Report on vaccination in the Province of Bengal - 1869-1873
Year: 1869
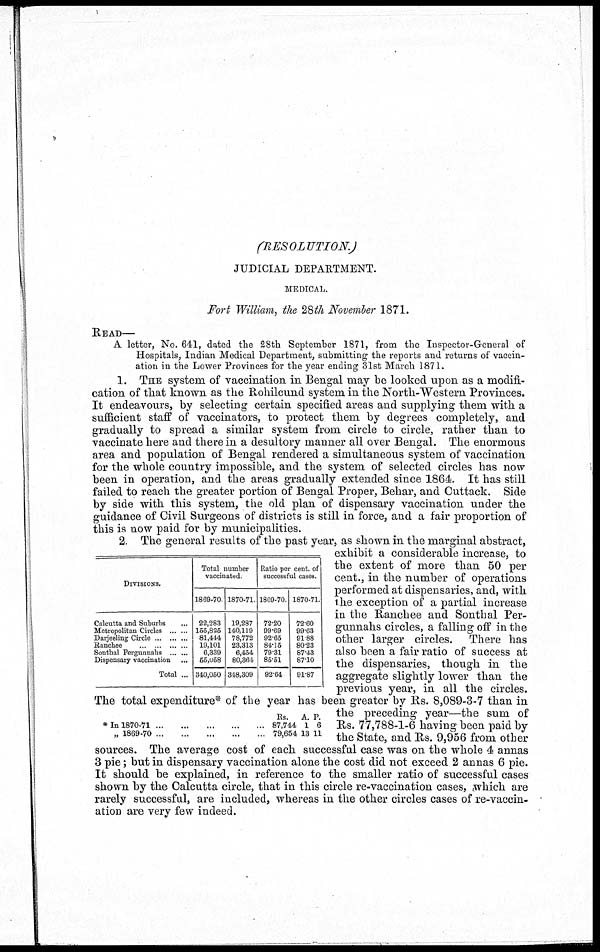
(RESOLUTION.)
JUDICIAL DEPARTMENT.
MEDICAL.
Fort William, the 28th November 1871.
READ—
A letter, No. 641, dated the 28th September 1871, from the Inspector-General of
Hospitals, Indian Medical Department, submitting the reports and returns of vaccin-
ation in the Lower Provinces for the year ending 31st March 1871.
1. THE system of vaccination in Bengal may be looked upon as a modifi-
cation of that known as the Rohilcund system in the North-Western Provinces.
It endeavours, by selecting certain specified areas and supplying them with a
sufficient staff of vaccinators, to protect them by degrees completely, and
gradually to spread a similar system from circle to circle, rather than to
vaccinate here and there in a desultory manner all over Bengal. The enormous
area and population of Bengal rendered a simultaneous system of vaccination
for the whole country impossible, and the system of selected circles has now
been in operation, and the areas gradually extended since 1864. It has still
failed to reach the greater portion of Bengal Proper, Behar, and Cuttack. Side
by side with this system, the old plan of dispensary vaccination under the
guidance of Civil Surgeons of districts is still in force, and a fair proportion of
this is now paid for by municipalities.
DIVISIONS.
Calcutta and Suburbs ...
Metropolitan Circles ... ...
Darjeeling Circle ... ... ...
Ranchee ... ... ... ...
Sonthal Pergunnahs ... ...
Dispensary vaccination ...
Total ...
Total number
vaccinated.
1869-70.
22,283
155,825
81,444
19,101
6,339
55,058
340,050
1870-71.
19,287
140,119
78,772
23,313
6,454
80,364
348,309
Ratio per cent. of
successful cases.
1869-70.
72.20
99.69
92.65
84.15
79.31
85.51
92.64
1870-71.
72.60
99.63
91.88
80.23
87.43
87.10
91.87
* In 1870-71...
...
...
...
...
„ 1869-70
...
...
...
...
...
Rs.
87,744
79,654
A.
1
13
P.
6
11
2. The general results of the past year, as shown in the marginal abstract,
exhibit a considerable increase, to
the extent of more than 50 per
cent., in the number of operations
performed at dispensaries, and, with
the exception of a partial increase
in the Ranchee and Sonthal Per¬
gunnahs circles, a falling off in the
other larger circles. There has
also been a fair ratio of success at
the dispensaries, though in the
aggregate slightly lower than the
previous year, in all the circles.
The total expenditure* of the year has been greater by Rs. 8,089-3-7 than in
the preceding year—the sum of
Rs. 77,788-1-6 having been paid by
the State, and Rs. 9,956 from other
sources. The average cost of each successful case was on the whole 4 annas
3 pie; but in dispensary vaccination alone the cost did not exceed 2 annas 6 pie.
It should be explained, in reference to the smaller ratio of successful cases
shown by the Calcutta circle, that in this circle re-vaccination cases, which are
rarely successful, are included, whereas in the other circles cases of re-vaccin-
ation are very few indeed.